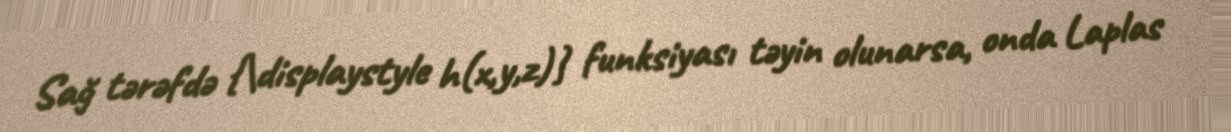
Sağ tərəfdə {\displaystyle h(x,y,z)} funksiyası təyin olunarsa, onda Laplas